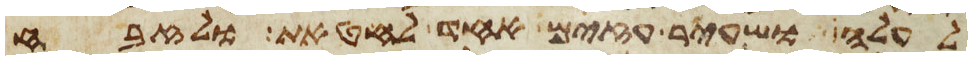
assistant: לעלה ושעיר עזים אחד לחטאת ולזבח